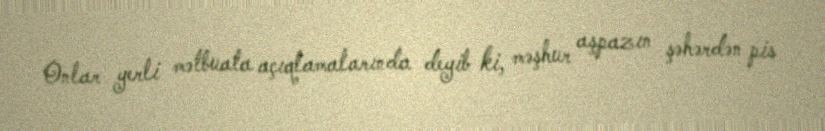
Onlar yerli mətbuata açıqlamalarında deyib ki, məşhur aşpazın şəhərdən pis